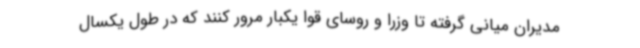
مدیران میانی گرفته تا وزرا و روسای قوا یکبار مرور کنند که در طول یکسال